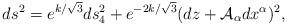
LaTeX: \begin{align*}ds^{2}=e^{k/\sqrt{3}}ds_{4}^{2}+e^{-2k/\sqrt{3}}(dz + {\cal A}_{\alpha}dx^{\alpha })^{2}, \end{align*}